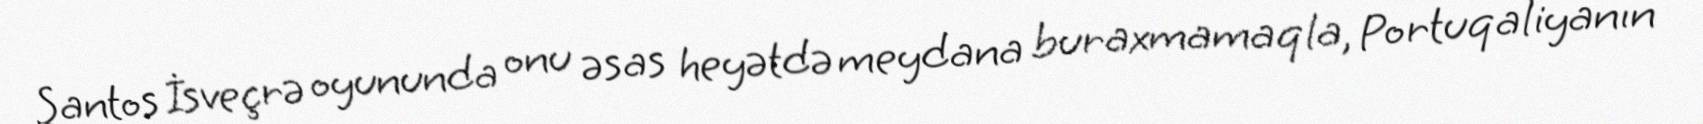
Santos İsveçrə oyununda onu əsas heyətdə meydana buraxmamaqla, Portuqaliyanın